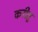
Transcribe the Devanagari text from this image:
करीतु